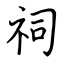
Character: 祠